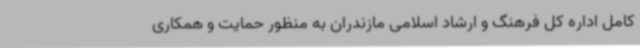
کامل اداره کل فرهنگ و ارشاد اسلامی مازندران به منظور حمایت و همکاری